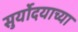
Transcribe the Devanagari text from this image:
सुर्योदयाच्या